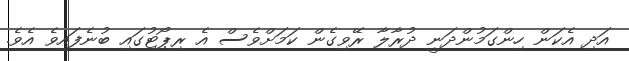
އަދި އެކަން ހިންގަމުންދަނީ ދުރާލާ ރޭވިގެން ކަމަށްވެސް އެ ރިޕޯޓުގައި ބުނެފައިވެ އެވެ.